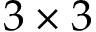
3 \times 3